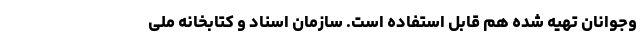
وجوانان تهیه شده هم قابل استفاده است. سازمان اسناد و کتابخانه ملی